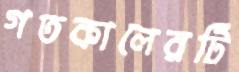
গতকালেরটি